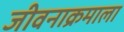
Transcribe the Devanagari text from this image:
जीवनाक्रमाला